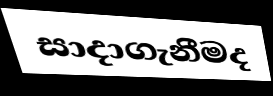
සාදාගැනීමද